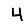
Digit: 4